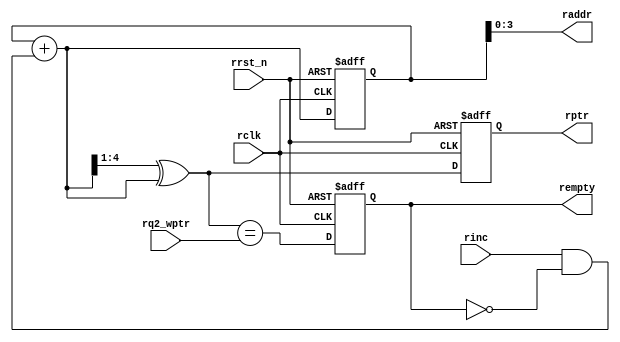
module async_fifo_rptr_empty
(
  input   rinc, rclk, rrst_n,
  input   [$clog2(DEPTH) :0] rq2_wptr,
  output reg  rempty,
  output  [$clog2(DEPTH)-1:0] raddr,
  output reg [$clog2(DEPTH) :0] rptr
);

parameter DEPTH = 16;

  reg [$clog2(DEPTH):0] rbin;
  wire [$clog2(DEPTH):0] rgraynext, rbinnext;

  //-------------------
  // GRAYSTYLE2 pointer
  //-------------------
  always @(posedge rclk or negedge rrst_n)
    if (!rrst_n)
      {rbin, rptr} <= '0;
    else
      {rbin, rptr} <= {rbinnext, rgraynext};

  // Memory read-address pointer (okay to use binary to address memory)
  assign raddr = rbin[$clog2(DEPTH)-1:0];
  assign rbinnext = rbin + (rinc & ~rempty);
  assign rgraynext = (rbinnext>>1) ^ rbinnext;

  //---------------------------------------------------------------
  // FIFO empty when the next rptr == synchronized wptr or on reset
  //---------------------------------------------------------------
  assign rempty_val = (rgraynext == rq2_wptr);

  always @(posedge rclk or negedge rrst_n)
    if (!rrst_n)
      rempty <= 1'b1;
    else
      rempty <= rempty_val;

endmodule